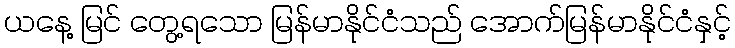
ယနေ့ မြင် တွေ့ရသော မြန်မာနိုင်ငံသည် အောက်မြန်မာနိုင်ငံနှင့်